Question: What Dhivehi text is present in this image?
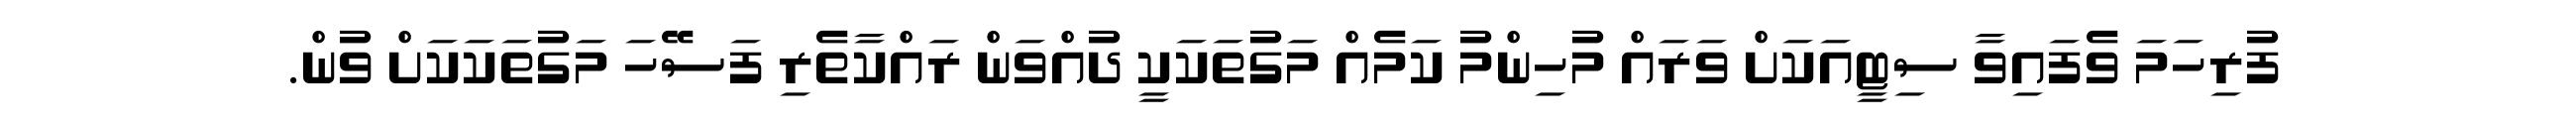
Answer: ފުރިހަމަ ވެފައިވާ ސިޓީއަކަށް ވަރައް މުހިންމު ކަމެއް މަގުތަކަކީ ދުއްވަން ރައްކާތެރި ފަސޭހަ މަގުތަކަކަށް ވުން.